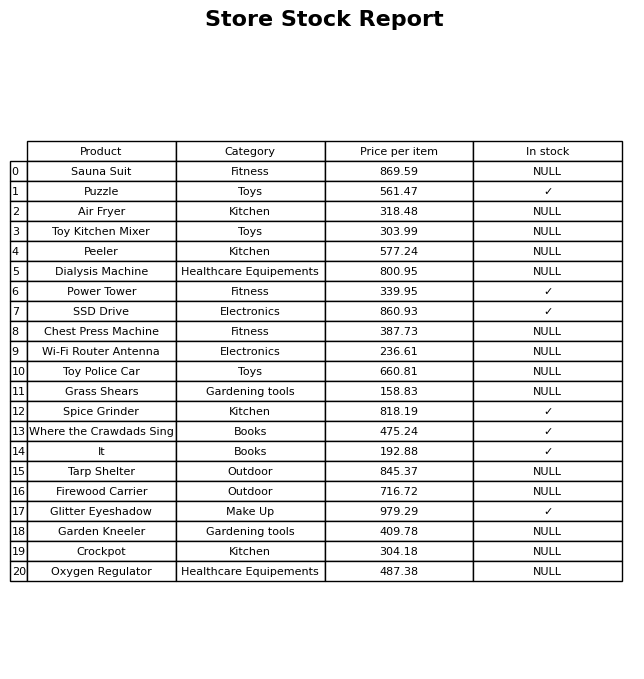
question: Is the Air Fryer in stock?
answer: NULL